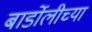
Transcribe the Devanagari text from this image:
बार्डोलीच्या